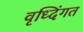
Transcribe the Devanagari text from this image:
वृध्दिंगत